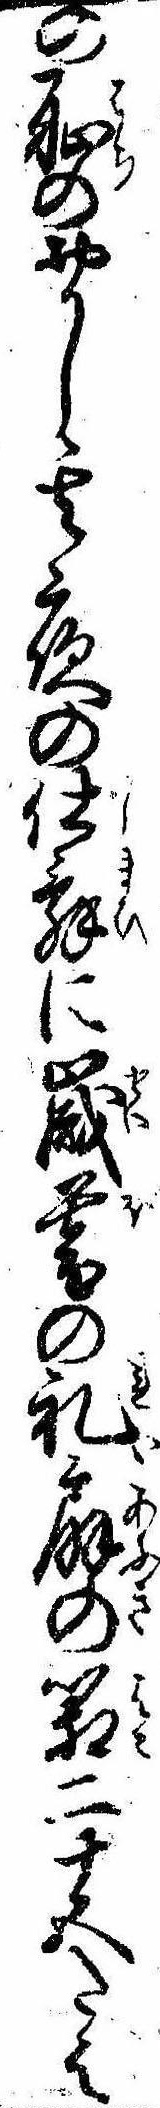
の恥のおかし其夜の仕舞に歳暮の礼扇の箱二十五たは